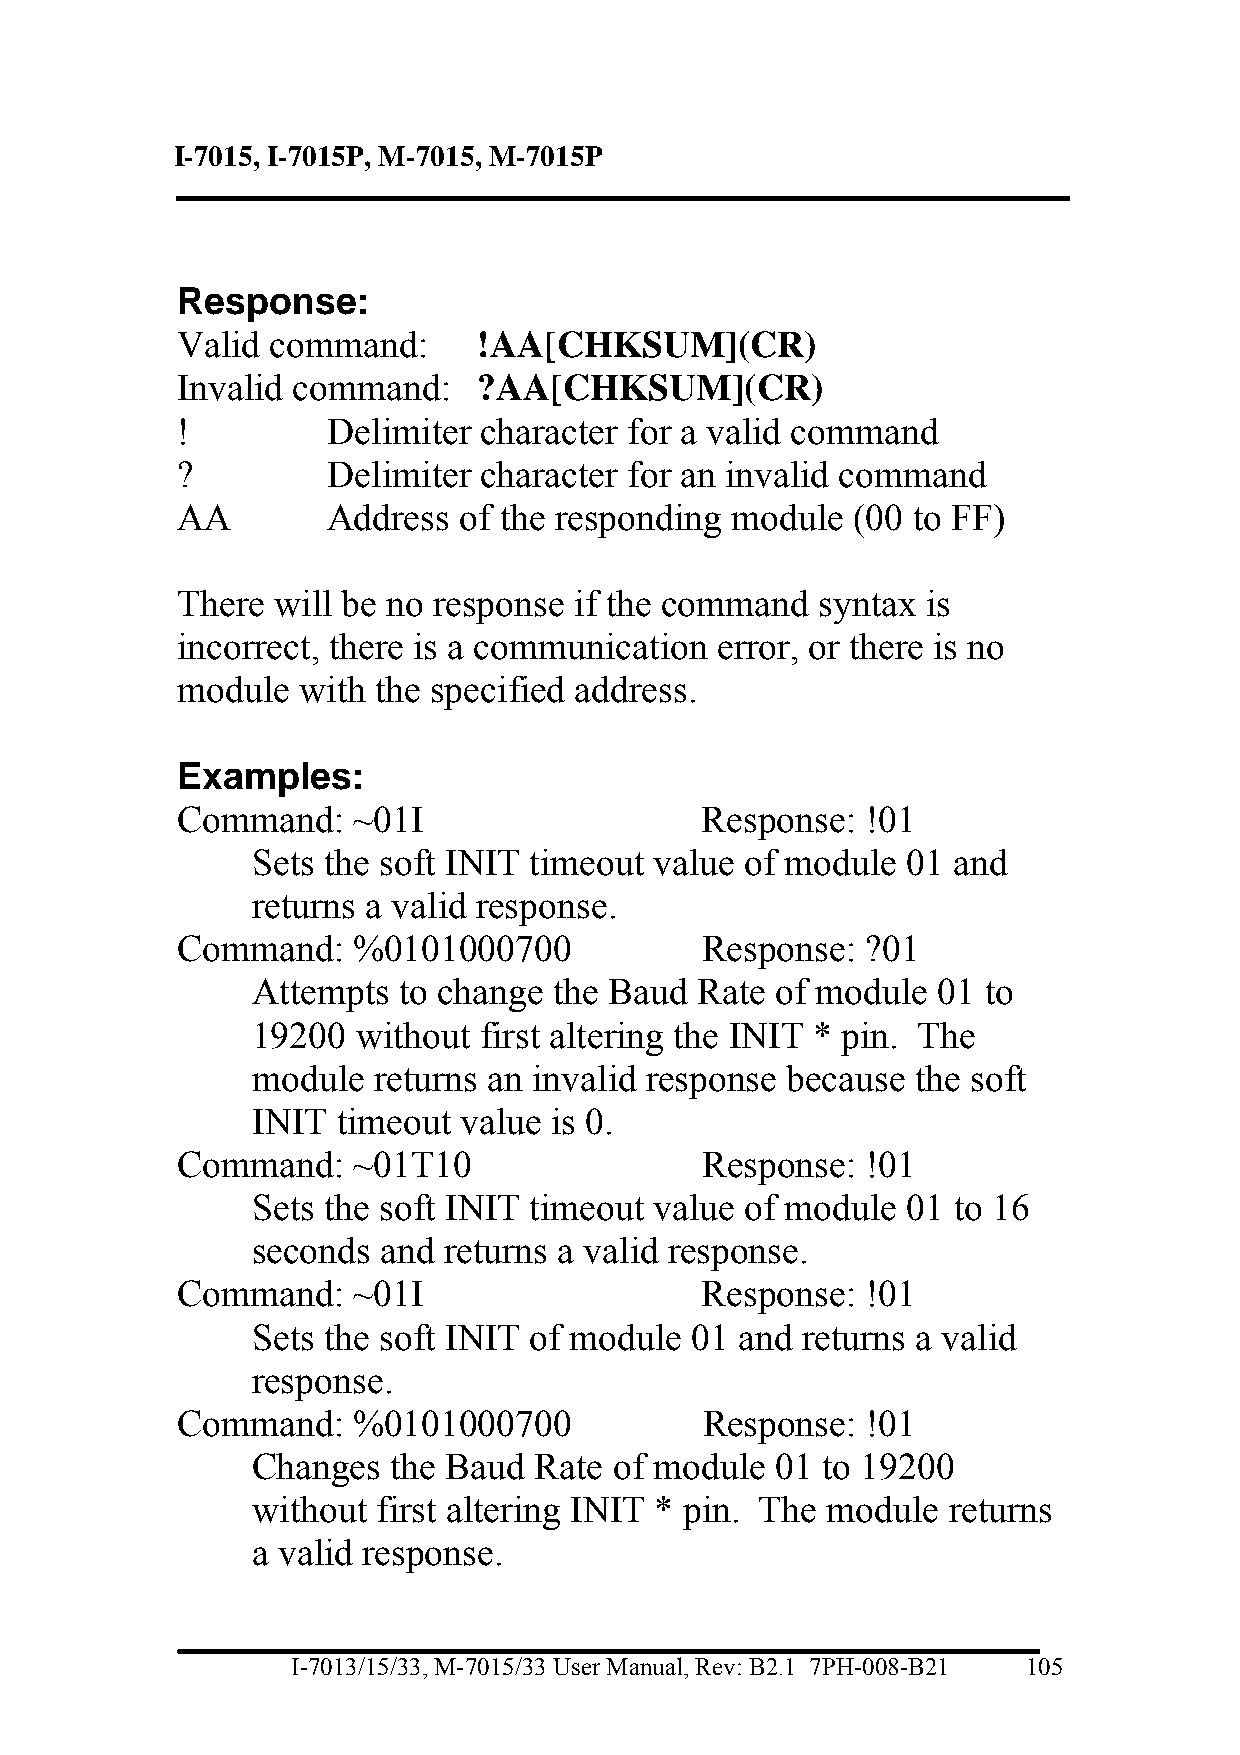
I-7015, I-7015P, M-7015, M-7015P
 Response:
 Valid command:      !AA[CHKSUM](CR)
 Invalid command:    ?AA[CHKSUM](CR)
 !         Delimiter character for a valid command
 ?         Delimiter character for an invalid command
 AA        Address of the responding module  (00 to FF)
 There will be no response if the command  syntax is
 incorrect, there is a communication error, or there is no
 module  with the specified address.
 Examples:
 Command:   ~01I                   Response:  !01
 Sets the soft INIT timeout value of module 01 and
 returns a valid response.
 Command:   %0101000700            Response:  ?01
 Attempts to change  the Baud Rate of module  01 to
 19200  without first altering the INIT * pin. The
 module  returns an invalid response because the soft
 INIT timeout value is 0.
 Command:   ~01T10                 Response:  !01
 Sets the soft INIT timeout value of module 01 to 16
 seconds and returns a valid response.
 Command:   ~01I                   Response:  !01
 Sets the soft INIT of module 01 and returns a valid
 response.
 Command:   %0101000700            Response:  !01
 Changes  the Baud Rate  of module 01 to 19200
 without first altering INIT * pin. The module returns
 a valid response.
 I-7013/15/33, M-7015/33 User Manual, Rev: B2.1 7PH-008-B21 105